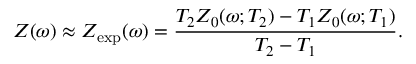
Z ( \omega ) \approx Z _ { \mathrm { e x p } } ( \omega ) = \frac { T _ { 2 } Z _ { 0 } ( \omega ; T _ { 2 } ) - T _ { 1 } Z _ { 0 } ( \omega ; T _ { 1 } ) } { T _ { 2 } - T _ { 1 } } .